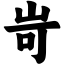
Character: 岢